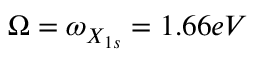
\Omega = \omega _ { X _ { 1 s } } = 1 . 6 6 e V